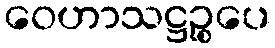
ဝေဟာသဋ္ဌဉ္စပေ